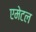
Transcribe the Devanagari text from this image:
एमेटल